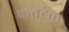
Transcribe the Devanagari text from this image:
फ॔बटेक